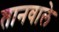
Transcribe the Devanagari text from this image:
तानवाले